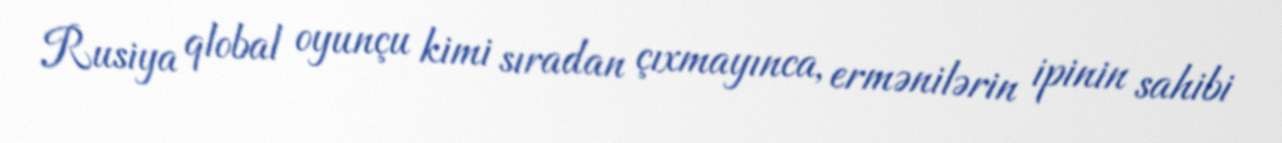
Rusiya qlobal oyunçu kimi sıradan çıxmayınca, ermənilərin ipinin sahibi